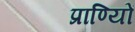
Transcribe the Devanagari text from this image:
प्राण्यिों